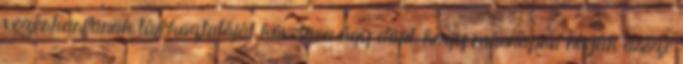
vezérkarfõnök tájékoztatóját követõen úgy dönt, hogy másnapra hívják össze